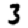
Digit: 3